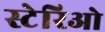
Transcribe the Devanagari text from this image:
स्टेरिओ